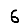
Digit: 6